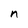
Character: n